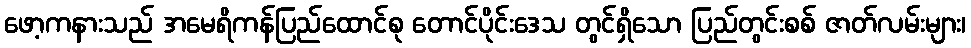
ဖော့ကနားသည် အမေရိကန်ပြည်ထောင်စု တောင်ပိုင်းဒေသ တွင်ရှိသော ပြည်တွင်းစစ် ဇာတ်လမ်းများ၊